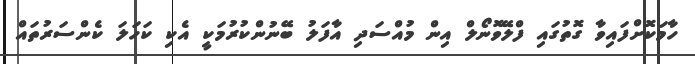
ހާމަކޮށްފައިވާ ގޮތުގައި ފްލޭވޮނޯލް އިން މުއްސަދި އާފަލު ބޭނުންކުރުމަކީ އެކި ކަހަލަ ކެންސަރުތައް